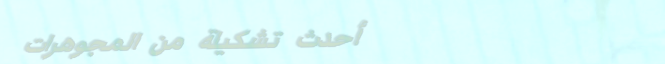
أحدث تشكيلة من المجوهرات